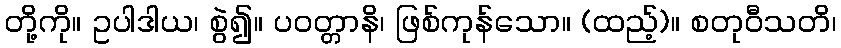
တို့ကို။ ဥပါဒါယ၊ စွဲ၍။ ပဝတ္တာနိ၊ ဖြစ်ကုန်သော။ (ထည့်)။ စတုဝီသတိ၊